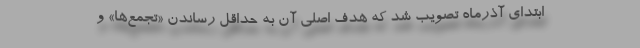
ابتدای آذرماه تصویب شد که هدف اصلی آن به حداقل رساندن «تجمع‌ها» و